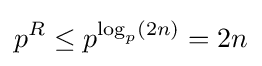
p^{R}\leq p^{\log _{p}(2n)}=2n